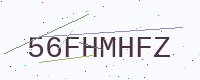
Text: 56FHMHFZ